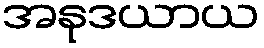
အနုဒယာယ